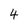
Character: 4